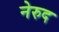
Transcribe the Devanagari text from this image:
नेरुद